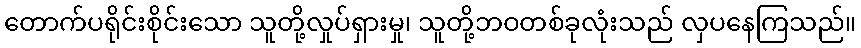
တောက်ပရိုင်းစိုင်းသော သူတို့လှုပ်ရှားမှု၊ သူတို့ဘဝတစ်ခုလုံးသည် လှပနေကြသည်။